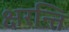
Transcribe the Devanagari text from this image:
क्षरन्ति